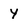
Character: Y